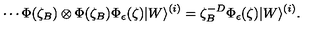
\cdots \Phi ( \zeta _ { B } ) \otimes \Phi ( \zeta _ { B } ) \Phi _ { \epsilon } ( \zeta ) | W \rangle ^ { ( i ) } = \zeta _ { B } ^ { - D } \Phi _ { \epsilon } ( \zeta ) | W \rangle ^ { ( i ) } .